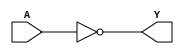
module sky130_fd_sc_hd__inv (
    Y,
    A
);

    // Module ports
    output Y;
    input  A;

    // Module supplies
    supply1 VPWR;
    supply0 VGND;
    supply1 VPB ;
    supply0 VNB ;

    // Local signals
    wire not0_out_Y;

    //  Name  Output      Other arguments
    not not0 (not0_out_Y, A              );
    buf buf0 (Y         , not0_out_Y     );

endmodule